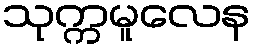
သုက္ကမူလေန